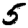
Digit: 5